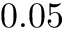
0 . 0 5